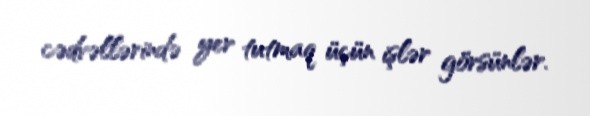
cədvəllərində yer tutmaq üçün işlər görsünlər.